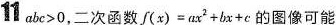
11 abc>0,二次函数f(x)=αx^{2}+bx+c 的图像可能